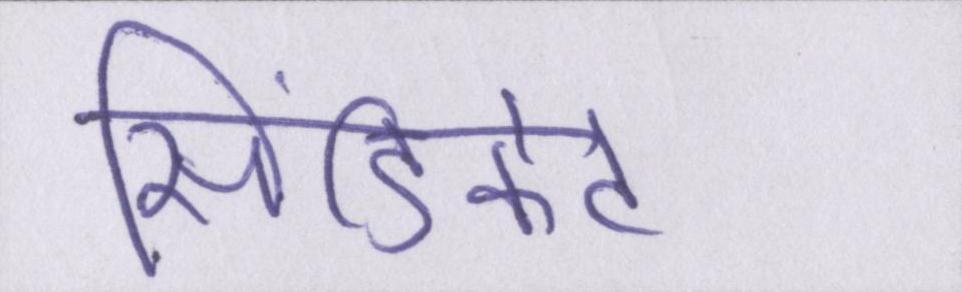
सिंडिकेट